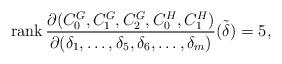
LaTeX: \begin{align*}\textnormal{rank}\,\frac{\partial(C_{0}^G,C_{1}^G,C_{2}^G,C_{0}^H, C_{1}^H)}{\partial(\delta_1,\dots,\delta_{5},\delta_{6},\dots,\delta_m)}\tilde{(\delta)}=5,\end{align*}